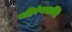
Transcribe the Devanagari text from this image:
बहिरंगाशक्ति